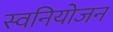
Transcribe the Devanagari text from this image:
स्वनियोजन